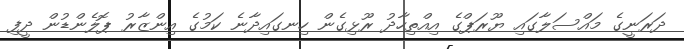
ދަރަނީގެ މައްސަލާގައި ޔޫރަޕްގެ އިއްތިހާދު ރޫޅިގެން ހިނގައިދާނެ ކަމުގެ އިންޒާރު ޕޮލެންޑުން ދީފި